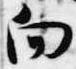
向